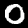
Label: 0